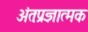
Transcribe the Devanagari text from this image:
अंतःप्रज्ञात्मक